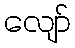
လျော်